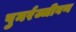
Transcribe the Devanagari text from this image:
पुनर्रज्जीवण